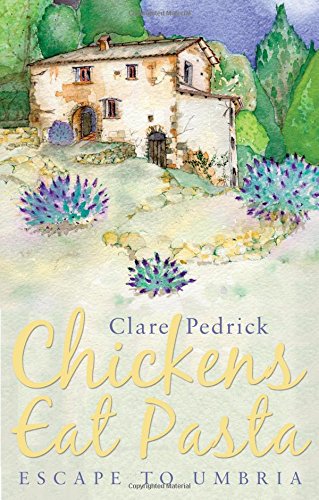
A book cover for Chickens Eat Pasta: Escape to Umbria; Clare Pedrick; Travel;